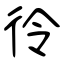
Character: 彾